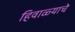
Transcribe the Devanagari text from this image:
हिवाळ्याचे